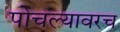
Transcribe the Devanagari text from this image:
पोचल्यावरच